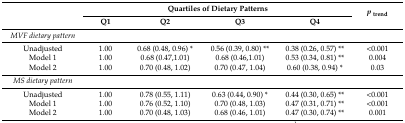
<table><thead><tr><td rowspan="2"></td><td colspan="4"><b>Quartiles of Dietary Patterns</b></td><td rowspan="2"><b><i>p</i><sub>trend</sub></b></td></tr><tr><td><b>Q1</b></td><td><b>Q2</b></td><td><b>Q3</b></td><td><b>Q4</b></td></tr></thead><tbody><tr><td><i>MVF dietary pattern</i></td><td></td><td></td><td></td><td></td><td></td></tr><tr><td>Unadjusted</td><td>1.00</td><td>0.68 (0.48, 0.96) *</td><td>0.56 (0.39, 0.80) **</td><td>0.38 (0.26, 0.57) **</td><td>&lt;0.001</td></tr><tr><td>Model 1</td><td>1.00</td><td>0.68 (0.47,1.01)</td><td>0.68 (0.46,1.01)</td><td>0.53 (0.34, 0.81) **</td><td>0.004</td></tr><tr><td>Model 2</td><td>1.00</td><td>0.70 (0.48, 1.02)</td><td>0.70 (0.47, 1.04)</td><td>0.60 (0.38, 0.94) *</td><td>0.03</td></tr><tr><td><i>MS dietary pattern</i></td><td></td><td></td><td></td><td></td><td></td></tr><tr><td>Unadjusted</td><td>1.00</td><td>0.78 (0.55, 1.11)</td><td>0.63 (0.44, 0.90) *</td><td>0.44 (0.30, 0.65) **</td><td>&lt;0.001</td></tr><tr><td>Model 1</td><td>1.00</td><td>0.76 (0.52, 1.10)</td><td>0.70 (0.48, 1.03)</td><td>0.47 (0.31, 0.71) **</td><td>&lt;0.001</td></tr><tr><td>Model 2</td><td>1.00</td><td>0.70 (0.48, 1.03)</td><td>0.68 (0.46, 1.01)</td><td>0.47 (0.30, 0.74) **</td><td>0.001</td></tr></tbody></table>